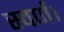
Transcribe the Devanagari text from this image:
स्वर्ण।